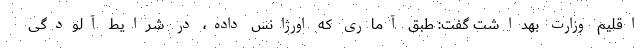
اقلیم وزارت بهداشت گفت: طبق آماری که اورژانس داده، در شرایط آلودگی